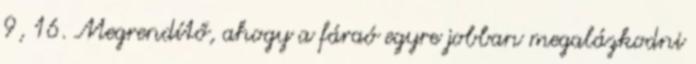
9, 16. Megrendítő, ahogy a fáraó egyre jobban megalázkodni